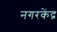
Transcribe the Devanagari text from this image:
नगरकेंद्र